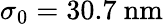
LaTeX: \sigma_{0}=30.7\ \mathrm{nm}